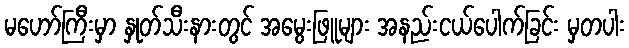
မဟော်ကြီးမှာ နှုတ်သီးနားတွင် အမွေးဖြူများ အနည်းငယ်ပေါက်ခြင်း မှတပါး